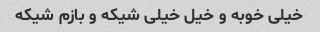
خیلی خوبه و خیل خیلی شیکه و بازم شیکه